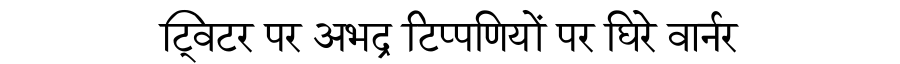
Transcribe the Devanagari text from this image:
ट्विटर पर अभद्र टिप्पणियों पर घिरे वार्नर